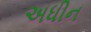
અધીન